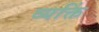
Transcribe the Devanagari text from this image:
व्यक्तिं